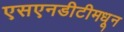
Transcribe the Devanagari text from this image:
एसएनडीटीमधून